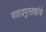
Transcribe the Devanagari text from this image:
पाठय़पुस्तकांचे